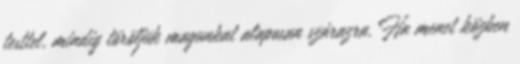
testtel, mindig töröljük magunkat alaposan szárazra. Ha menet közben